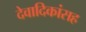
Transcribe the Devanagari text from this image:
देवादिकांसह